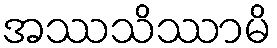
အဿသိဿာမိ